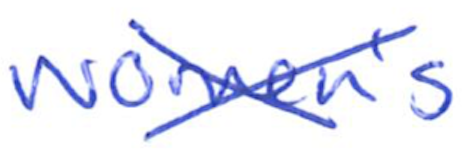
Text: women's
Cross-out: mix
Writing tool: ballpoint